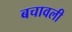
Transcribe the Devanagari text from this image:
बचावली